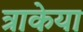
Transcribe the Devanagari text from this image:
त्राकेया